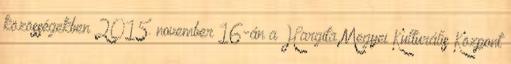
közösségekben 2015. november 16-án a Hargita Megyei Kulturális Központ